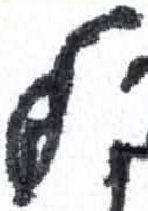
אות: ל